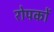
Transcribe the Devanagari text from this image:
रोपकों